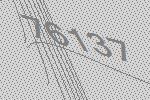
76137